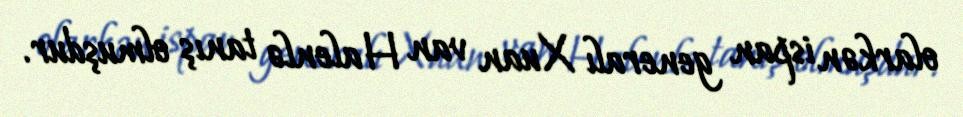
olarkən ispan generalı Xuan van Halenlə tanış olmuşdur.